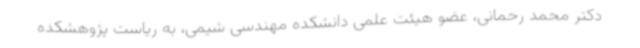
دکتر محمد رحمانی، عضو هیئت علمی دانشکده مهندسی شیمی، به ریاست پژوهشکده